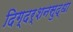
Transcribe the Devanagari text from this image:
दिग्दर्शनसुद्धा